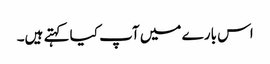
اس بارے میں آپ کیا کہتے ہیں۔